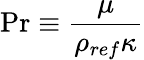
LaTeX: \textrm{Pr}\equiv\frac{\mu}{\rho_{ref}\kappa}